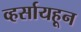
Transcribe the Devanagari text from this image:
व्हर्सायहून